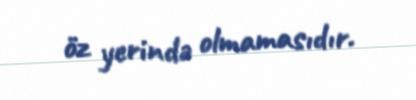
öz yerində olmamasıdır.